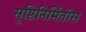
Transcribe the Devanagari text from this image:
सृष्टिनिर्मितीस